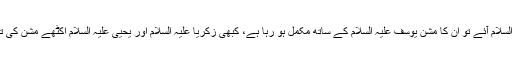
کبھی یعقوب علیہ السلام آئے تو اُن کا مشن یوسف علیہ السلام کے ساتھ مکمل ہو رہا ہے، کبھی زکریا علیہ السلام اور یحییٰ علیہ السلام اکٹھے مشن کی تکمیل کررہے ہیں۔